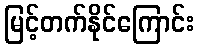
မြင့်တက်နိုင်ကြောင်း